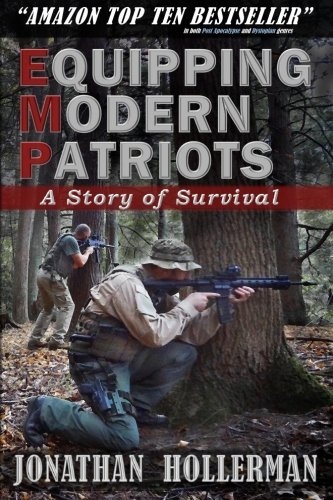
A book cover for EMP: Equipping Modern Patriots: A Story of Survival (Volume 1); Jonathan Hollerman; Science Fiction & Fantasy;